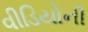
વીડિયોની